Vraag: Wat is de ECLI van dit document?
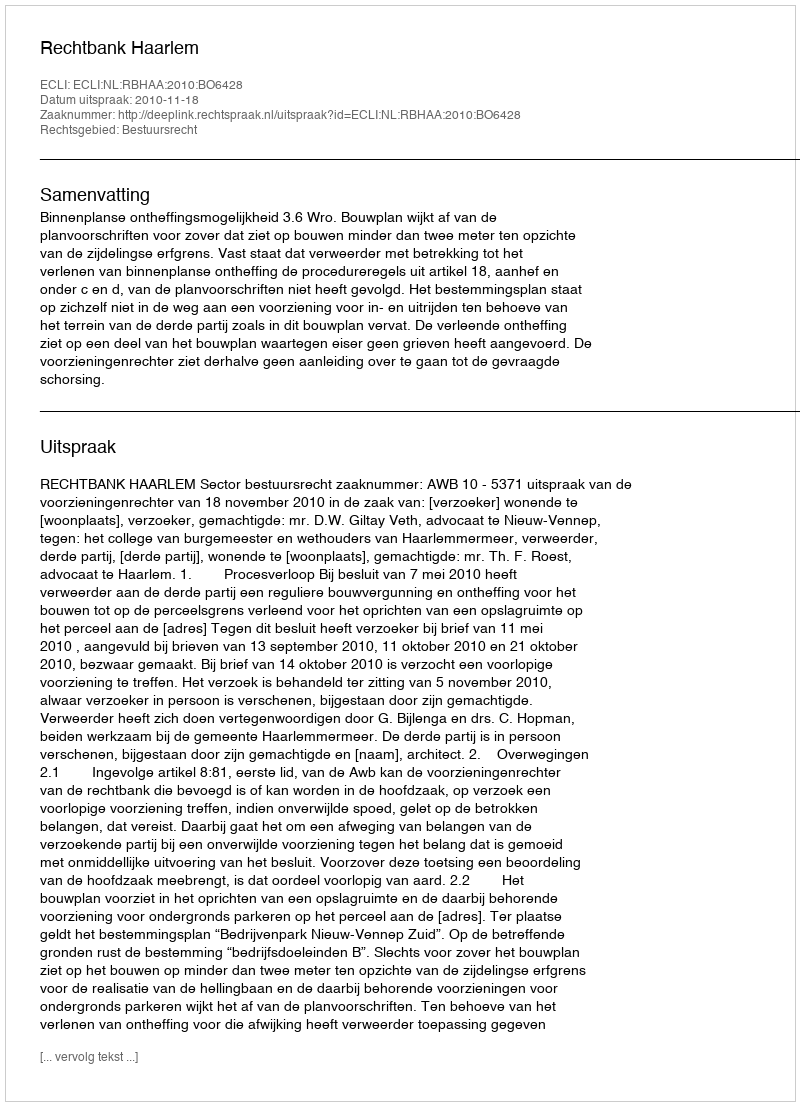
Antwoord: ECLI:NL:RBHAA:2010:BO6428